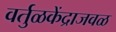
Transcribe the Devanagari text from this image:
वर्तुळकेंद्राजवळ